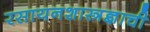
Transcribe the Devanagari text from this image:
रसायनशास्त्रज्ञाची